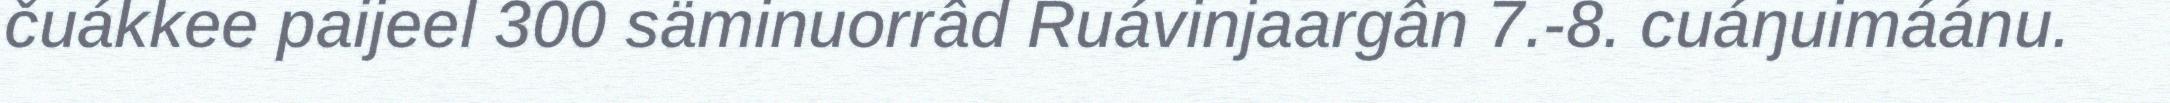
čuákkee paijeel 300 säminuorrâd Ruávinjaargân 7.-8. cuáŋuimáánu.